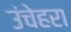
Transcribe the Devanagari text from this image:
उंचेहरा